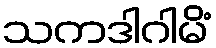
သကဒါဂါမိံ